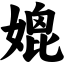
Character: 媲